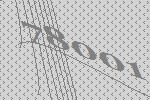
78001